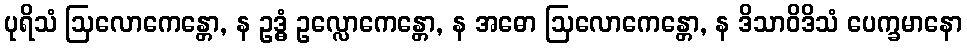
ပုရိသံ ဩလောကေန္တော, န ဥဒ္ဓံ ဥလ္လောကေန္တော, န အဓော ဩလောကေန္တော, န ဒိသာဝိဒိသံ ပေက္ခမာနော